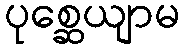
ပုစ္ဆေယျာမ